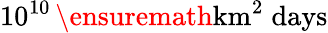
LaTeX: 10^{10}\, \ensuremath{\mathrm{km^{2}\; days}}